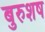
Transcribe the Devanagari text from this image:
बुरुशष